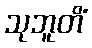
သုဘူတိံ